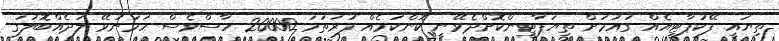
ތިޔައީ ފޭކުޕާޓީއެއް ގައުމަށް ތިޔަޕާޓިީންކޮށްދެވޭނީ ކޮންކަމެއް ފުރަތަމަ 20000 ހާސްވެސް ހަމަނުވޭ ލަދެއްބޮލުގަ